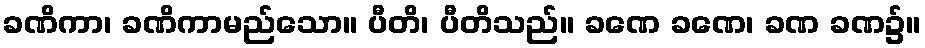
ခဏိကာ၊ ခဏိကာမည်သော။ ပီတိ၊ ပီတိသည်။ ခဏေ ခဏေ၊ ခဏ ခဏ၌။